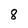
Character: 8